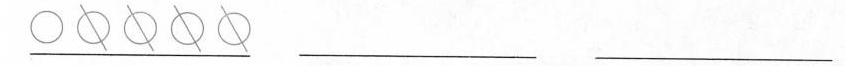
\underline{ \bigcirc } ___ ___